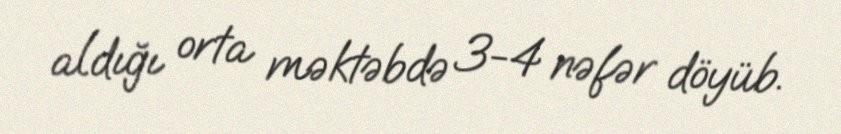
aldığı orta məktəbdə 3-4 nəfər döyüb.